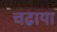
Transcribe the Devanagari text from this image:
चढा़या